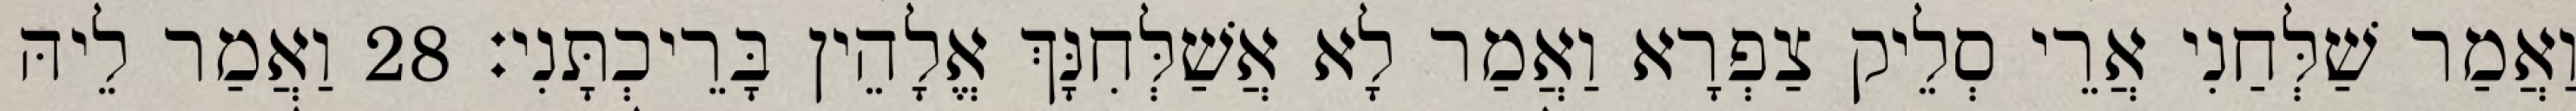
וַאֲמַר שַׁלְּחַנִי אֲרֵי סְלֵיק צַפְרָא וַאֲמַר לָא אֲשַׁלְּחִנָּךְ אֱלָהֵין בָּרֵיכְתָּנִי׃ 28 וַאֲמַר לֵיהּ